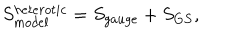
S _ { m o d e l } ^ { h e t e r o t i c } = S _ { g a u g e } + S _ { G S } ,